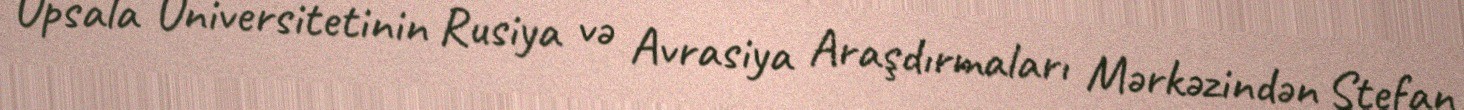
Upsala Universitetinin Rusiya və Avrasiya Araşdırmaları Mərkəzindən Stefan